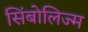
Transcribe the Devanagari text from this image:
सिंबोलिज्म